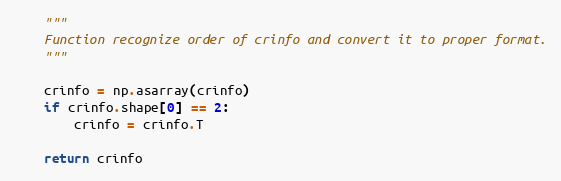
Language: Python
    """
    Function recognize order of crinfo and convert it to proper format.
    """

    crinfo = np.asarray(crinfo)
    if crinfo.shape[0] == 2:
        crinfo = crinfo.T

    return crinfo